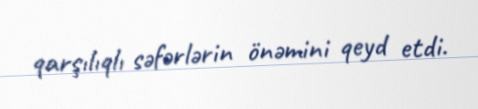
qarşılıqlı səfərlərin önəmini qeyd etdi.